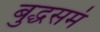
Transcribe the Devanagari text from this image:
बुद्धसमं